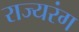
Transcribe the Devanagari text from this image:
राज्यरंग